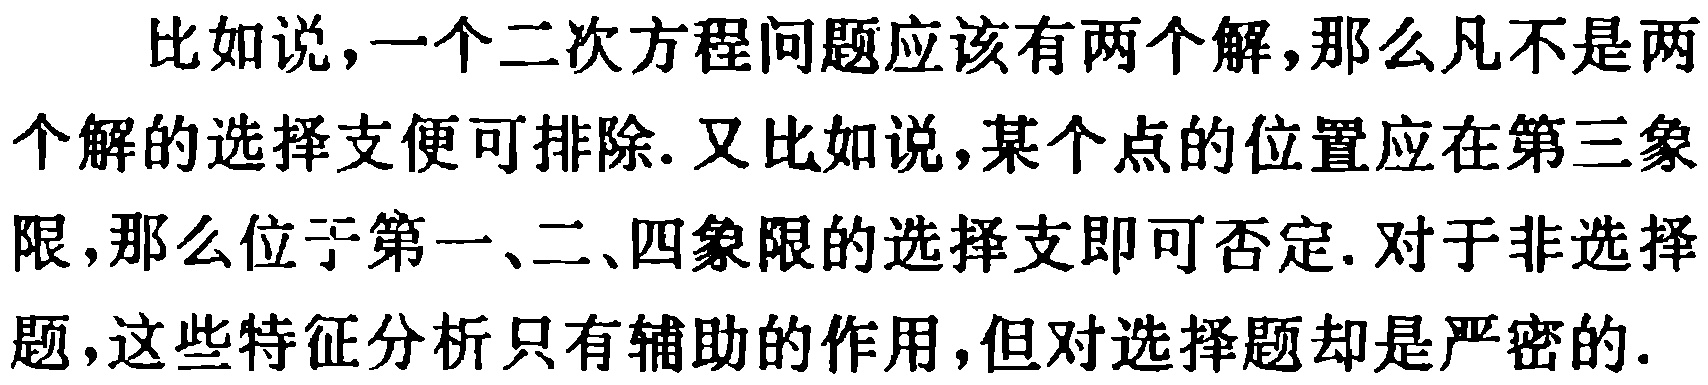
比如说，一个二次方程问题应该有两个解，那么凡不是两个解的选择支便可排除. 又比如说，某个点的位置应在第三象限，那么位于第一、二、四象限的选择支即可否定. 对于非选择题，这些特征分析只有辅助的作用，但对选择题却是严密的.